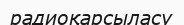
радиоқарсыласу